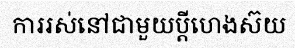
ការរស់នៅជាមួយប្តីហេងស៊យ